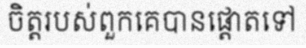
ចិត្តរបស់ពួកគេបានផ្តោតទៅ